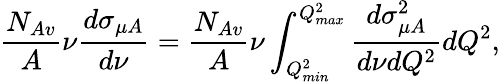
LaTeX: \frac{N_{Av}}{A}\nu\frac{d\sigma_{\mu A}}{d\nu}=\frac{N_{Av}}{A}\nu\int_{Q_{min}^{2}}^{Q_{max}^{2}}\frac{d\sigma_{\mu A}^{2}}{d\nu dQ^{2}}dQ^{2},